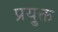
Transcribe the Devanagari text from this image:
प्रयु्क्त